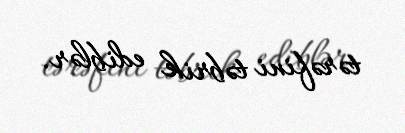
tərəfini təbrik ediblər.